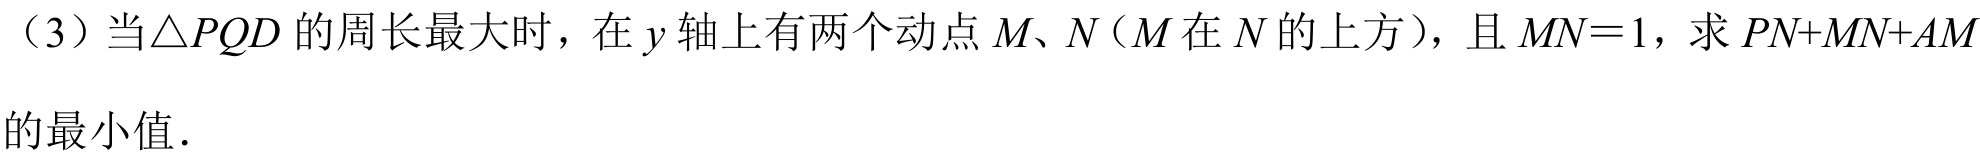
（3）当\(\triangle PQD\)的周长最大时，在\(y\)轴上有两个动点\(M、N\)（\(M\)在\(N\)的上方），且\(MN = 1\)，求\(PN+MN+AM\)的最小值．